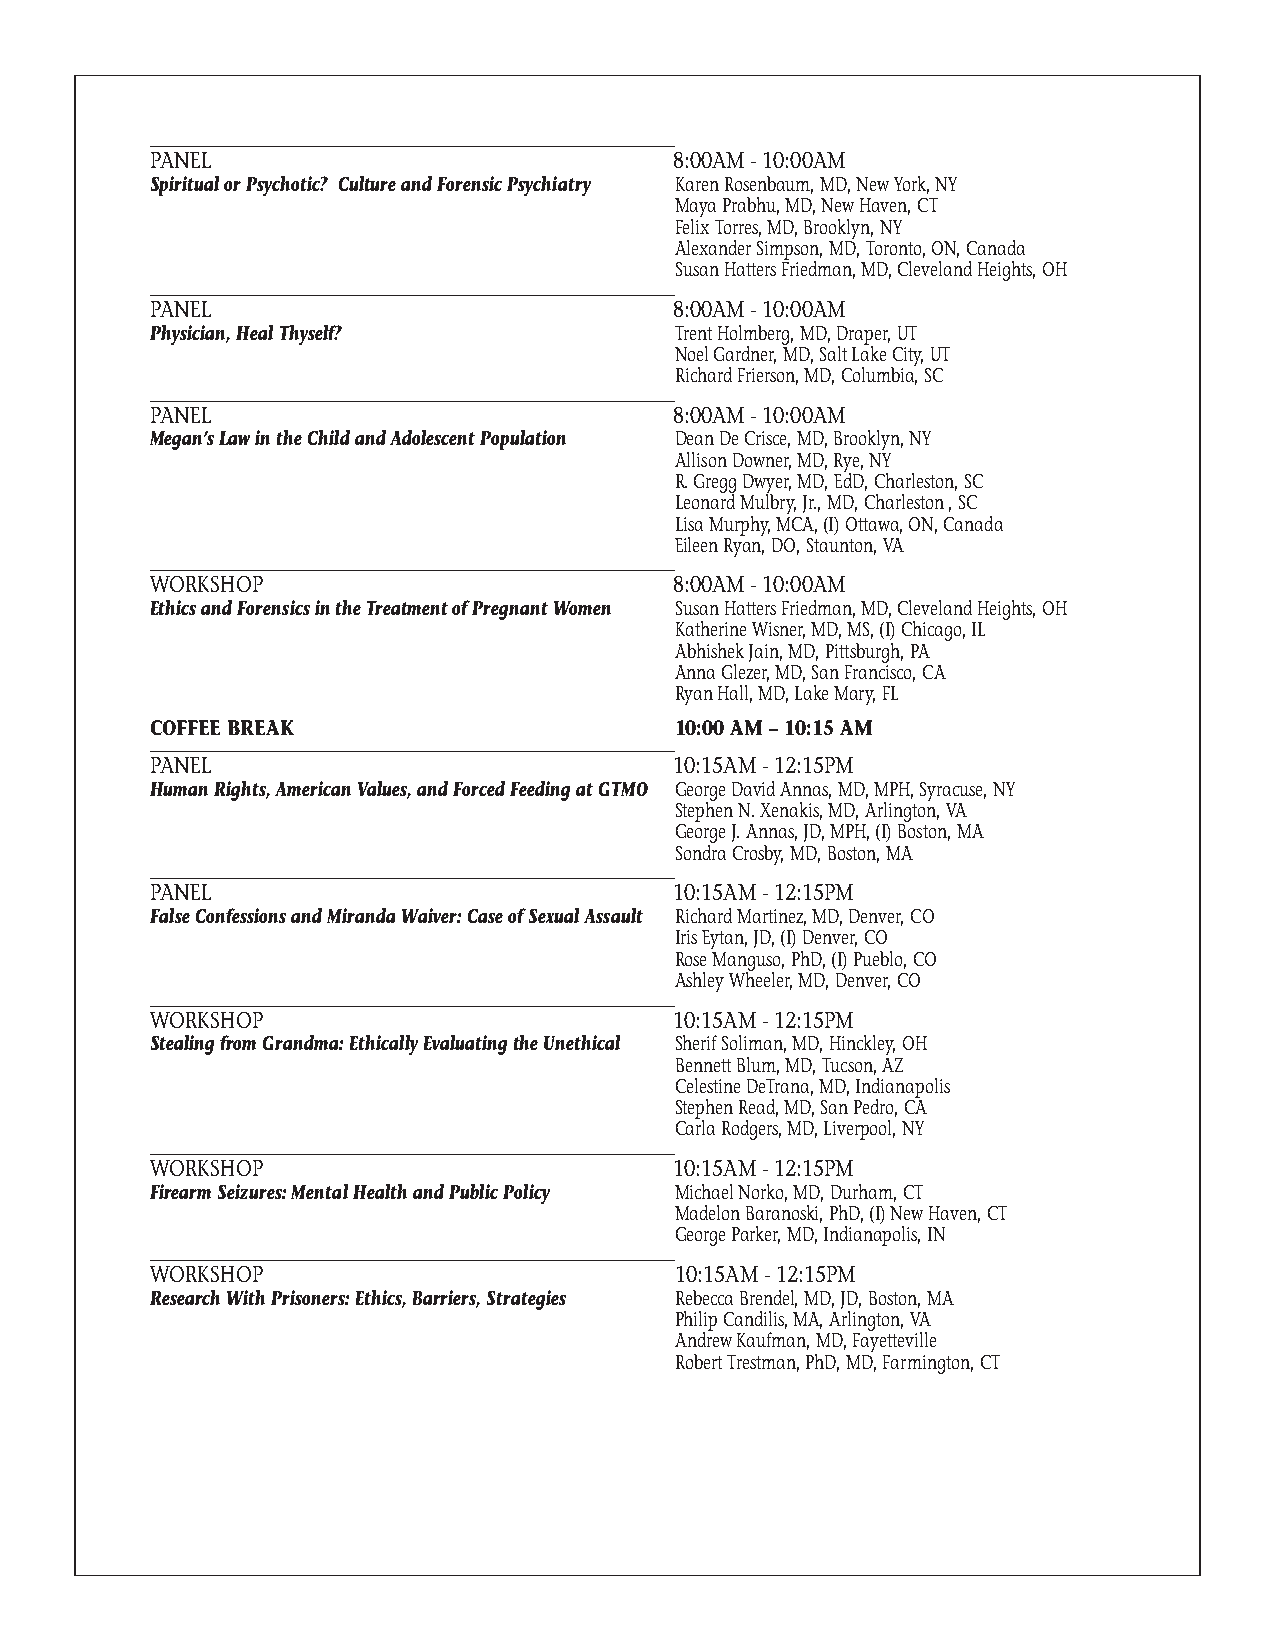
PANEL                              8:00AM - 10:00AM
 Spiritual or Psychotic? Culture and Forensic Psychiatry Karen Rosenbaum, MD, New York, NY
 Maya Prabhu, MD, New Haven, CT
 Felix Torres, MD, Brooklyn, NY
 Alexander Simpson, MD, Toronto, ON, Canada
 Susan Hatters Friedman, MD, Cleveland Heights, OH
 PANEL                              8:00AM - 10:00AM
 Physician, Heal Thyself?           Trent Holmberg, MD, Draper, UT
 Noel Gardner, MD, Salt Lake City, UT
 Richard Frierson, MD, Columbia, SC
 PANEL                              8:00AM - 10:00AM
 Megan’s Law in the Child and Adolescent Population Dean De Crisce, MD, Brooklyn, NY
 Allison Downer, MD, Rye, NY
 R. Gregg Dwyer, MD, EdD, Charleston, SC
 Leonard Mulbry, Jr., MD, Charleston , SC
 Lisa Murphy, MCA, (I) Ottawa, ON, Canada
 Eileen Ryan, DO, Staunton, VA
 WORKSHOP                           8:00AM - 10:00AM
 Ethics and Forensics in the Treatment of Pregnant Women Susan Hatters Friedman, MD, Cleveland Heights, OH
 Katherine Wisner, MD, MS, (I) Chicago, IL
 Abhishek Jain, MD, Pittsburgh, PA
 Anna Glezer, MD, San Francisco, CA
 Ryan Hall, MD, Lake Mary, FL
 COFFEE BREAK                       10:00 AM – 10:15 AM
 PANEL                              10:15AM - 12:15PM
 Human Rights, American Values, and Forced Feeding at GTMO George David Annas, MD, MPH, Syracuse, NY
 Stephen N. Xenakis, MD, Arlington, VA
 George J. Annas, JD, MPH, (I) Boston, MA
 Sondra Crosby, MD, Boston, MA
 PANEL                              10:15AM - 12:15PM
 False Confessions and Miranda Waiver: Case of Sexual Assault Richard Martinez, MD, Denver, CO
 Iris Eytan, JD, (I) Denver, CO
 Rose Manguso, PhD, (I) Pueblo, CO
 Ashley Wheeler, MD, Denver, CO
 WORKSHOP                           10:15AM - 12:15PM
 Stealing from Grandma: Ethically Evaluating the Unethical Sherif Soliman, MD, Hinckley, OH
 Bennett Blum, MD, Tucson, AZ
 Celestine DeTrana, MD, Indianapolis
 Stephen Read, MD, San Pedro, CA
 Carla Rodgers, MD, Liverpool, NY
 WORKSHOP                           10:15AM - 12:15PM
 Firearm Seizures: Mental Health and Public Policy Michael Norko, MD, Durham, CT
 Madelon Baranoski, PhD, (I) New Haven, CT
 George Parker, MD, Indianapolis, IN
 WORKSHOP                           10:15AM - 12:15PM
 Research With Prisoners: Ethics, Barriers, Strategies Rebecca Brendel, MD, JD, Boston, MA
 Philip Candilis, MA, Arlington, VA
 Andrew Kaufman, MD, Fayetteville
 Robert Trestman, PhD, MD, Farmington, CT